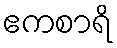
ဧကစာရိ